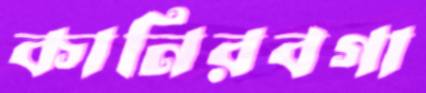
কানিরবগা